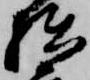
拙